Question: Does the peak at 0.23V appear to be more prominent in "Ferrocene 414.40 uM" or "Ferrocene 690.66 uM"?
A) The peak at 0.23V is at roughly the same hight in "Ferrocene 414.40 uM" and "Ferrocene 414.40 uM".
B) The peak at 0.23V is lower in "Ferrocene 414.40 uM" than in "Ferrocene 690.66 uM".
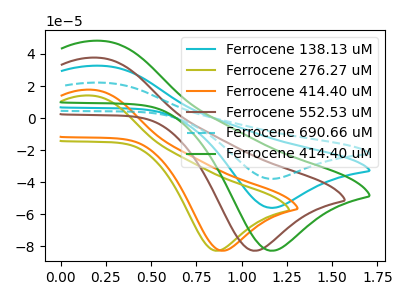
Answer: <think>The cyan curve "Ferrocene 138.13 uM" has an anodic peak at (0.25V, 32.60uA) and a cathodic peak at (1.15V, -56.10uA). The olive curve "Ferrocene 276.27 uM" has an anodic peak at (0.15V, 14.00uA) and a cathodic peak at (0.85V, -82.90uA). The orange curve "Ferrocene 414.40 uM" has an anodic peak at (0.20V, 17.65uA) and a cathodic peak at (0.90V, -82.90uA). The brown curve "Ferrocene 552.53 uM" has an anodic peak at (0.20V, 37.65uA) and a cathodic peak at (1.05V, -82.90uA). The cyan dashed curve "Ferrocene 690.66 uM" has an anodic peak at (0.25V, 65.20uA) and a cathodic peak at (1.15V, -112.20uA). The green curve "Ferrocene 414.40 uM" has an anodic peak at (0.25V, 48.15uA) and a cathodic peak at (1.15V, -82.90uA).</think>
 <answer>B) The peak at 0.23V is lower in "Ferrocene 414.40 uM" than in "Ferrocene 690.66 uM".</answer>
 <eval>B</eval>